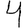
Digit: 4